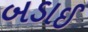
બડાઈ